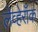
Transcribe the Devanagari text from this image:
लेव्हेरॉक